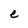
Character: e